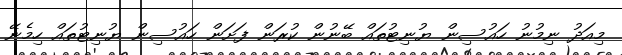
މިއަދު ނިމުނު ހައުސިން ޔުނިޓުތައް ބޭނުން ކުރަން ފަށަން ހައުސިން ޔުނިޓުތައް ހިމެނޭ